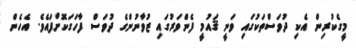
މީގެކުރިން އެކި ދުވަސްތަކުގައި ވަނީ ޤައުމީ ފެންވަރުގައި ޒުވާނުންގެ ދުވަސް ފާހަގަކޮށްފައެވެ. އެހެން